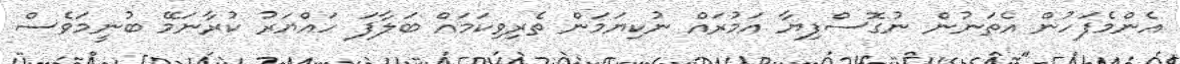
އެންމެފަހުން އެތަނުން ނުގޮސްފިޔާ އަމުރައް ނުކިޔަމަން ތެރިވިކަމައް ބަލާފަ ހައްޔަރު ކުރާނަމޭ ބުނީމަވެސް